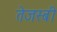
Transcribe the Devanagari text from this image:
तेजस्बी